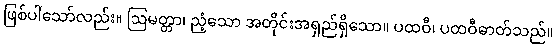
ဖြစ်ပါသော်လည်း။ ဩမတ္တာ၊ ညံ့သော အတိုင်းအရှည်ရှိသော။ ပထဝီ၊ ပထဝီဓာတ်သည်။